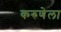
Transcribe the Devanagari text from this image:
करुणेला